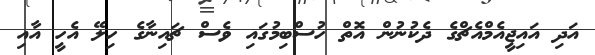
އަދި އައިޖީއެމްއެޗްގެ ދެކުނުން އޮތް ހުސްބިމުގައި ވެސް ޗައިނާގެ ހިލޭ އެހީ އާއި